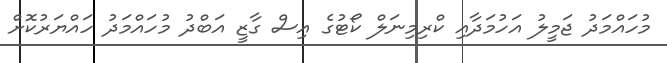
މުހައްމަދު ޖަމީލު އަހުމަދާއި ކްރިމިނަލް ކޯޓުގެ އިސް ގާޒީ އަބްދު މުހައްމަދު ހައްޔަރުކޮށް